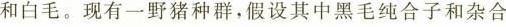
和白毛。现有一野猪种群，假设其中黑毛纯合子和杂合